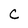
Character: C